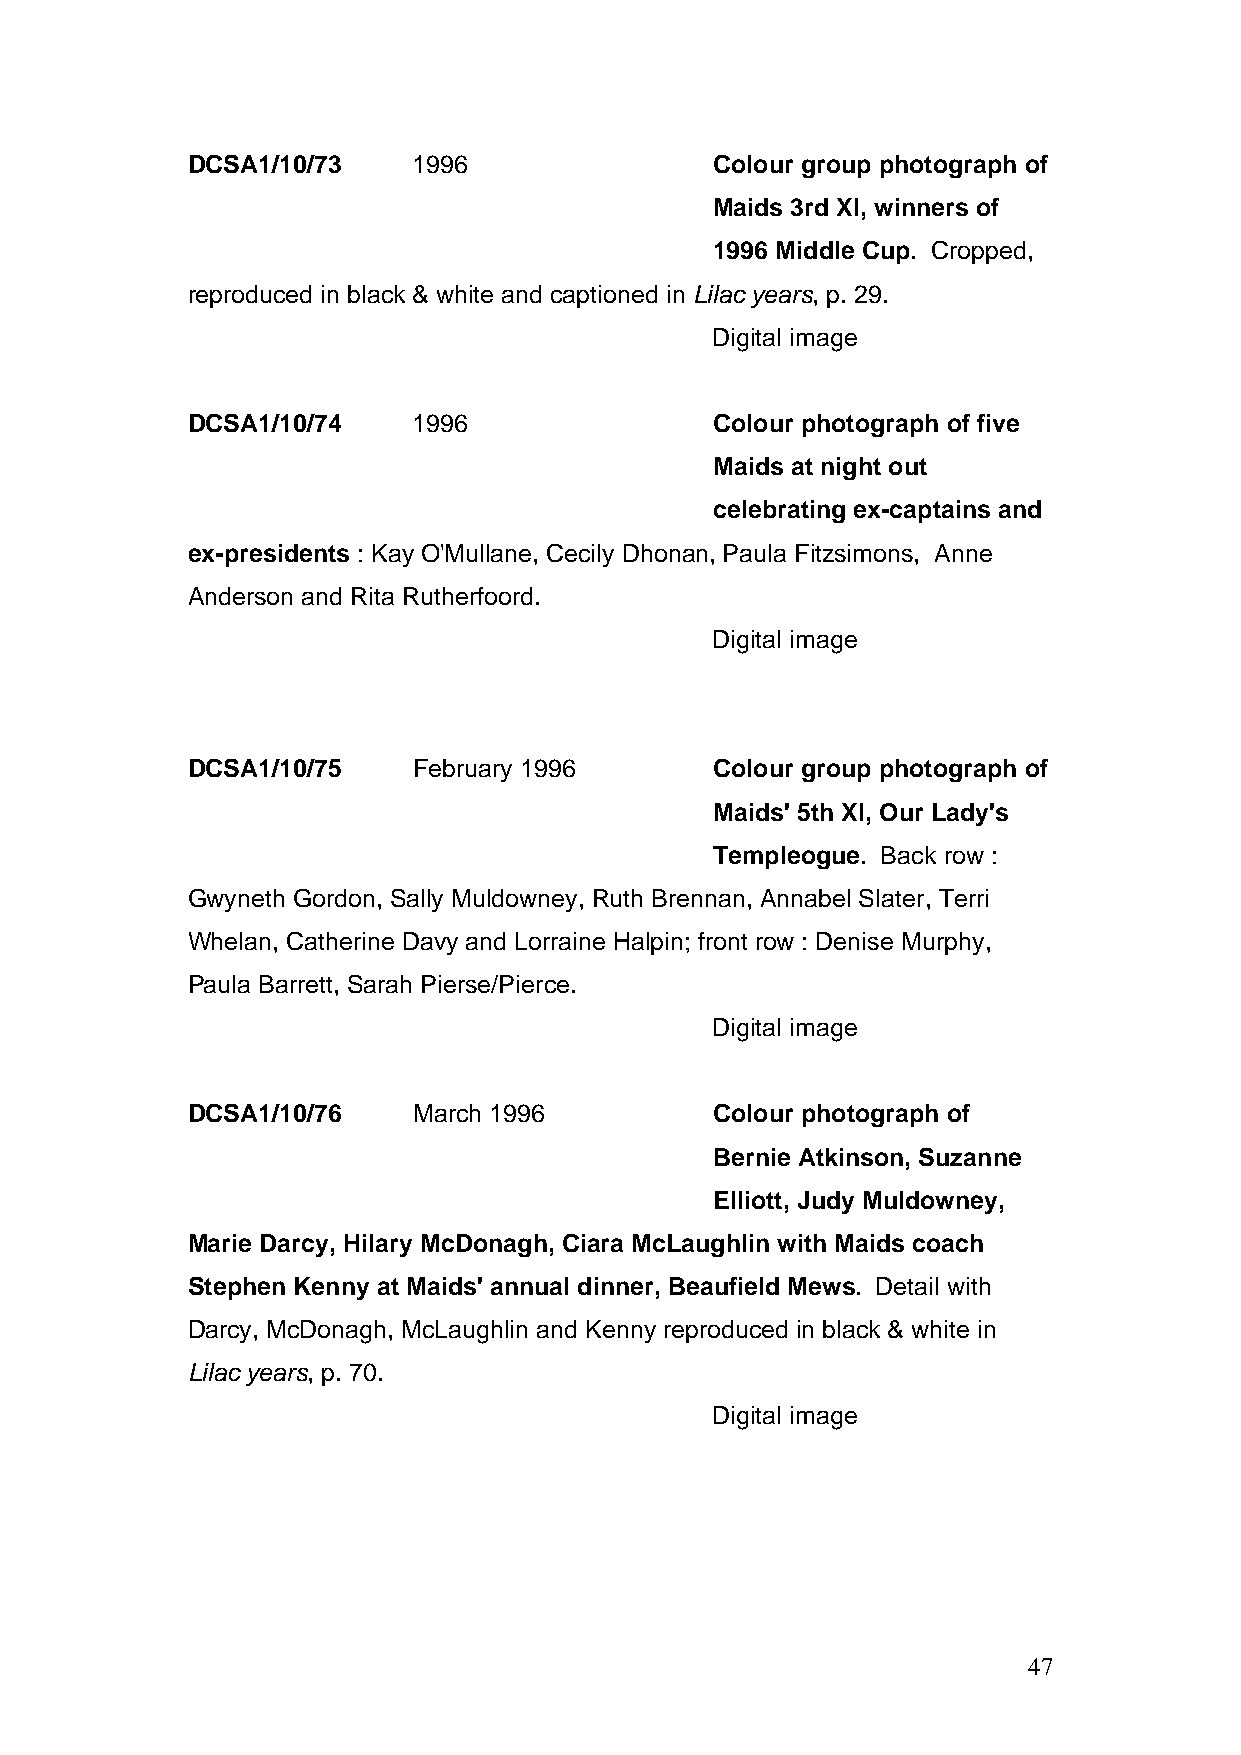
DCSA1/10/73    1996                Colour group photograph of
 Maids 3rd XI, winners of
 1996 Middle Cup. Cropped,
 reproduced in black & white and captioned in Lilac years, p. 29.
 Digital image
 DCSA1/10/74    1996                Colour photograph of five
 Maids at night out
 celebrating ex-captains and
 ex-presidents : Kay O'Mullane, Cecily Dhonan, Paula Fitzsimons, Anne
 Anderson and Rita Rutherfoord.
 Digital image
 DCSA1/10/75    February 1996       Colour group photograph of
 Maids' 5th XI, Our Lady's
 Templeogue. Back row :
 Gwyneth Gordon, Sally Muldowney, Ruth Brennan, Annabel Slater, Terri
 Whelan, Catherine Davy and Lorraine Halpin; front row : Denise Murphy,
 Paula Barrett, Sarah Pierse/Pierce.
 Digital image
 DCSA1/10/76    March 1996          Colour photograph of
 Bernie Atkinson, Suzanne
 Elliott, Judy Muldowney,
 Marie Darcy, Hilary McDonagh, Ciara McLaughlin with Maids coach
 Stephen Kenny at Maids' annual dinner, Beaufield Mews. Detail with
 Darcy, McDonagh, McLaughlin and Kenny reproduced in black & white in
 Lilac years, p. 70.
 Digital image
 47